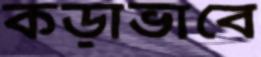
কড়াভাবে